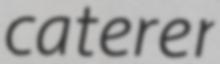
caterer